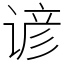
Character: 谚